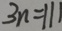
3 n = 1 1 1